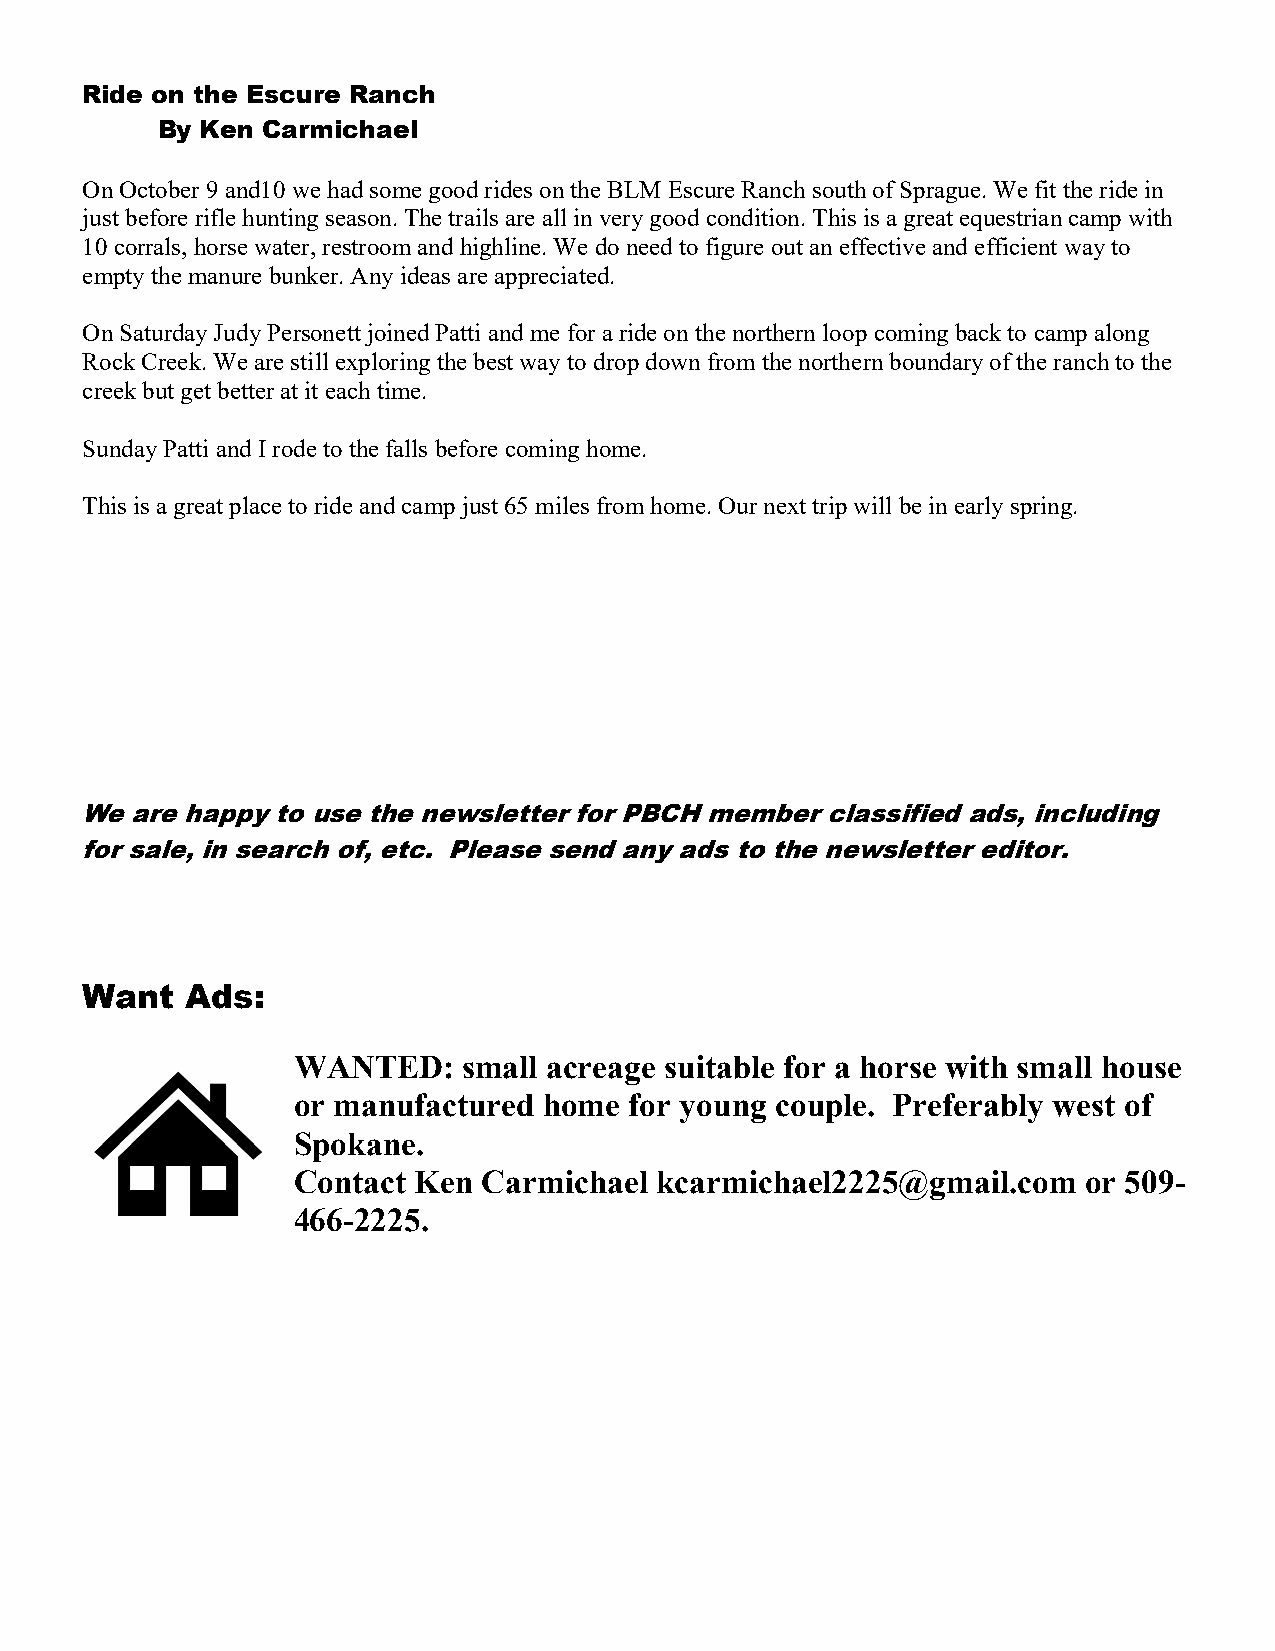
Ride on the Escure Ranch
 By Ken Carmichael
 On October 9 and10 we had some good rides on the BLM Escure Ranch south of Sprague. We fit the ride in
 just before rifle hunting season. The trails are all in very good condition. This is a great equestrian camp with
 10 corrals, horse water, restroom and highline. We do need to figure out an effective and efficient way to
 empty the manure bunker. Any ideas are appreciated.
 On Saturday Judy Personett joined Patti and me for a ride on the northern loop coming back to camp along
 Rock Creek. We are still exploring the best way to drop down from the northern boundary of the ranch to the
 creek but get better at it each time.
 Sunday Patti and I rode to the falls before coming home.
 This is a great place to ride and camp just 65 miles from home. Our next trip will be in early spring.
 We  are happy to use the newsletter for PBCH member classified ads, including
 for sale, in search of, etc. Please send any ads to the newsletter editor.
 Want   Ads:
 WANTED:     small acreage suitable for a horse with small house
 or manufactured  home  for young couple. Preferably west of
 Spokane.
 Contact Ken  Carmichael kcarmichael2225@gmail.com    or 509-
 466-2225.